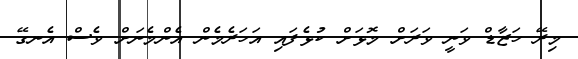
މިރޭ ހަޒާޑް ވަނީ ވަރަށް މޮޅަށް ކުޅެފައި އަހަރެމެން އެންމެނަށް ވެސް އެނގޭ